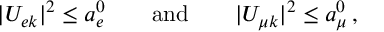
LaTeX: | U _ { e k } | ^ { 2 } \leq a _ { e } ^ { 0 } \qquad \mathrm { a n d } \qquad | U _ { { \mu } k } | ^ { 2 } \leq a _ { \mu } ^ { 0 } \, ,